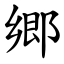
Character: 郷